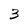
Character: 3